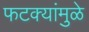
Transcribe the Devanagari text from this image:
फटक्यांमुळे